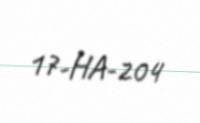
17-HA-204